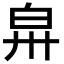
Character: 𤽒